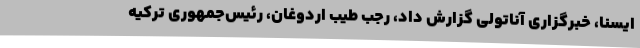
ایسنا، خبرگزاری آناتولی گزارش داد، رجب طیب اردوغان، رئیس‌جمهوری ترکیه